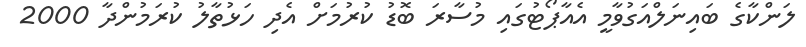
ލަންކާގެ ބައިނަލްއަގުވާމީ އެއާޕޯޓުގައި މުސާރަ ބޮޑު ކުރުމަށް އެދި ހަޅުތާލު ކުރަމުންދާ 2000